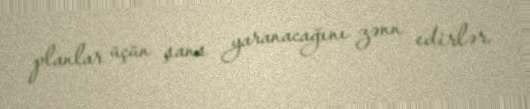
planlar üçün şans yaranacağını zənn edirlər.